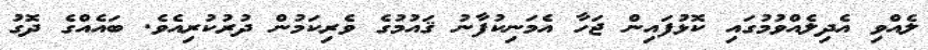
ލެއްވި އެދިލެއްވުމުގައި ކޮޅުފައިން ޖަހާ އެމަނިކުފާނު ޤައުމުގެ ވެރިކަމުން ދުރުކުރިއެވެ. ބައެއްގެ ދޮގު